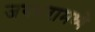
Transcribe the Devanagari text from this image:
जगभरामध्ये